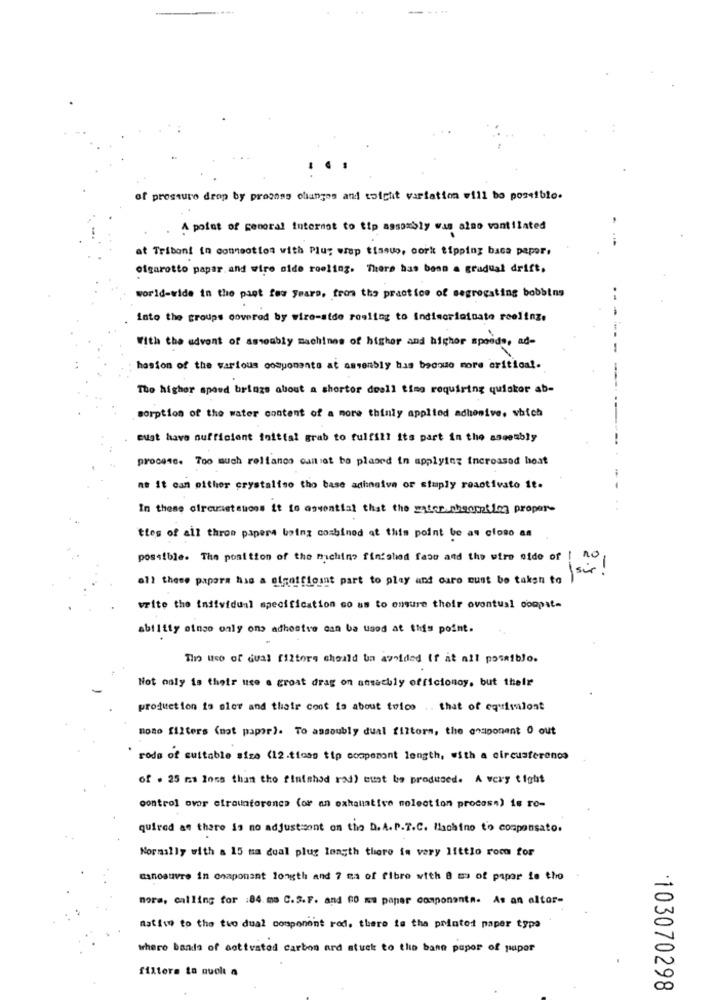
of pressure drop by proonss changes and toicht variation will be possible.
A point of general internat to tip assoxbly was also vontilated
at Triboni in connection with Plus wrap tissuo, oork tipping baca paper.
olgarotto papar and wire side roeling. There has been a gradual drift,
world-wide in the past few years, from the practice of segregating bobbins
Into the groups covered by wire-side reeling to indiscriminate reelinz.
With the advent of assoubly machines of higher and higher spoed", ad-
hasion of the various componente at assenbly has become more eritloal.
The higher speed brings about a shorter deall time requiring quicker ab-
sorption of the water content of a more thinly applied adhesive. which
Bugt have sufficient foittal grab to fulfill its part in the assembly
procese. Too much rolfanco canot be placed in applying incrossed boat
ne it can either crystaliso tho base adhnaive or stuply roastivato it.
--
In these circumstances it fo osvential that the water.chsomting proper-
ties of all thron papers boing combined at this point be as closo an
possible. The position of the machine finished fase and the wire side of
Isir !
all these papara has a olgaificsat part to play and ouro must be taken to
write the individual specification so as to ensure their oventual coopat-
ability einso only ons adhesive can be used at this point.
Tho uco of dual filtors should ba avoided (f at all possible.
Not only is their use a groat drag on ansachly officionoy, but their
production is slow and thair cont is about toico .. that of equivalont
none filters (not paper). To assoubly dual fistors, the gesponent 0 out
rods of suitable size (12.ticas tip compemont length, with a circusference
of . 25 mm Ions than the finished rad) must be produced. A very tight
control over otrauntorenes (or an exhaustive nolection procose) is ro-
quired as there is no adjust:sont on the D. A. P.T.C. Machino to compensato.
Normally with a 15 ta dual plug length there is very littlo room for
manoeuvre in onaponant longth and 7 ma of fibre with 8 m of papor is tho
mora, calling for :84. mo C.S.F. and 60 ma paper components. As an altor-
matise to the two dual component rod. there is the printet paper typa
where bands of activated carbon ard stuck to the bane papor of paper
filters to auch a
103070298